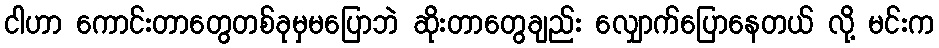
ငါဟာ ကောင်းတာတွေတစ်ခုမှမပြောဘဲ ဆိုးတာတွေချည်း လျှောက်ပြောနေတယ် လို့ မင်းက